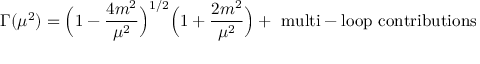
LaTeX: \Gamma ( \mu ^ { 2 } ) = \Bigl ( 1 - \frac { 4 m ^ { 2 } } { \mu ^ { 2 } } \Bigr ) ^ { 1 / 2 } \Bigl ( 1 + \frac { 2 m ^ { 2 } } { \mu ^ { 2 } } \Bigr ) + \mathrm { ~ m u l t i - l o o p ~ c o n t r i b u t i o n s }